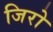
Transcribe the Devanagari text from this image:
जिरो